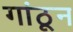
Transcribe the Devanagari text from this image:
गांठून